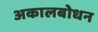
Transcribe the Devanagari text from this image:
अकालबोधन